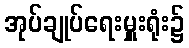
အုပ်ချုပ်ရေးမှူးရုံး၌